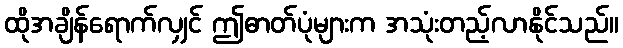
ထိုအချိန်ရောက်လျှင် ဤဓာတ်ပုံများက အသုံးတည့်လာနိုင်သည်။